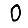
Digit: 0